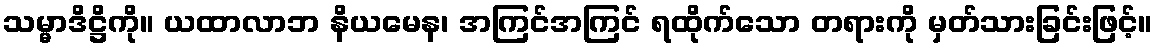
သမ္မာဒိဋ္ဌိကို။ ယထာလာဘ နိယမေန၊ အကြင်အကြင် ရထိုက်သော တရားကို မှတ်သားခြင်းဖြင့်။